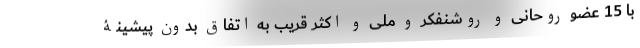
با 15 عضو روحانی و روشنفکر و ملی و اکثر قریب به اتفاق بدون پیشینۀ